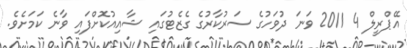
އޭޕްރީލް 4 2011 ވަނަ ދުވަހުގެ ސަރުކާރުގެ ގެޒެޓުގައި ޝާއިއުކޮށްފައި ވާނެ ކަމަށެވެ.